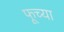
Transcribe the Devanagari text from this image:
फूच्या